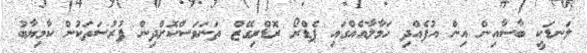
ލަނޑަކީ ބާސާއިން އިން އުފެއްދި ހަމާލާއެއްގައި ޕެޑްރޯ ރޮޑްރިގޭޒް ތަނަވަސްކޮށްދިން ފުރުސަތަކުން ކާމިޔާބު